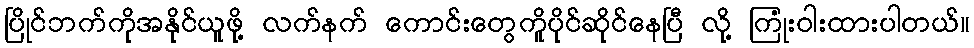
ပြိုင်ဘက်ကိုအနိုင်ယူဖို့ လက်နက် ကောင်းတွေကိူပိုင်ဆိုင်နေပြီ လို့ ကြုံးဝါးထားပါတယ်။